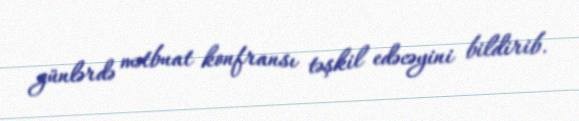
günlərdə mətbuat konfransı təşkil edəcəyini bildirib.